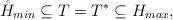
LaTeX: \begin{align*} \mathring H_{min} \subseteq T = T^* \subseteq H_{max},\end{align*}